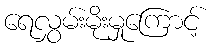
ရေလွှမ်းမိုးမှုကြောင့်